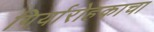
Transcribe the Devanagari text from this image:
गिर्यारोहकाचा